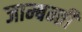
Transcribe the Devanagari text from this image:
जाम्बन्ती